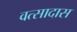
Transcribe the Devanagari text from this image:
वत्सादास